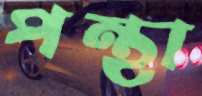
পন্থা